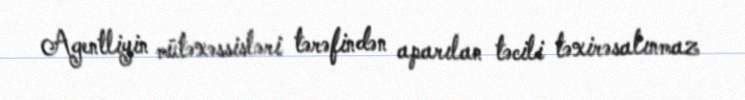
Agentliyin mütəxəssisləri tərəfindən aparılan təcili təxirəsalınmaz